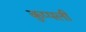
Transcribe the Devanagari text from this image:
कुप्पली